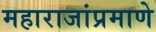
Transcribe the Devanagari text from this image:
महाराजांप्रमाणे